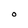
Character: O